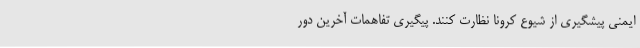
ایمنی پیشگیری از شیوع کرونا نظارت کنند. پیگیری تفاهمات آخرین دور